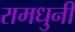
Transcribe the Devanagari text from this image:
रामधुनी